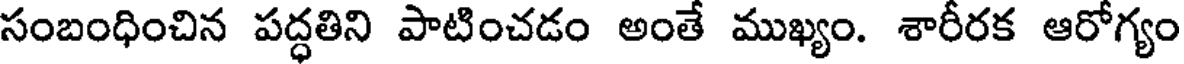
సంబంధించిన పద్ధతిని పాటించడం అంతే ముఖ్యం. శారీరక ఆరోగ్యం